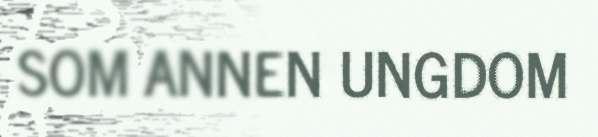
SOM ANNEN UNGDOM